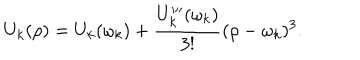
LaTeX: U _ { k } ( \rho ) = U _ { k } ( \omega _ { k } ) + \frac { U _ { k } ^ { \prime \prime \prime } ( \omega _ { k } ) } { 3 ! } ( \rho - \omega _ { k } ) ^ { 3 } .